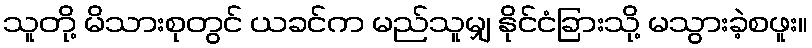
သူတို့ မိသားစုတွင် ယခင်က မည်သူမျှ နိုင်ငံခြားသို့ မသွားခဲ့စဖူး။